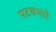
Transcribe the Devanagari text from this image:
पटवणारे